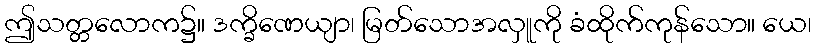
ဤသတ္တလောက၌။ ဒက္ခိဏေယျာ၊ မြတ်သောအလှူကို ခံထိုက်ကုန်သော။ ယေ၊